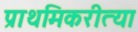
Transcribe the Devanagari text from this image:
प्राथमिकरीत्या